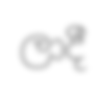
ලාදී